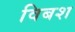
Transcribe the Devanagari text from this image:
विबश